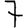
Digit: 7